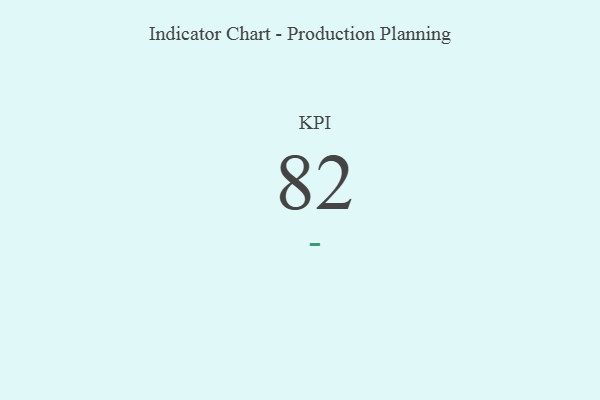
{"axis": {"x": "KPI", "y": "Value"}, "legend": [""], "data": [{"x": "KPI", "y": 82, "type": ""}]}